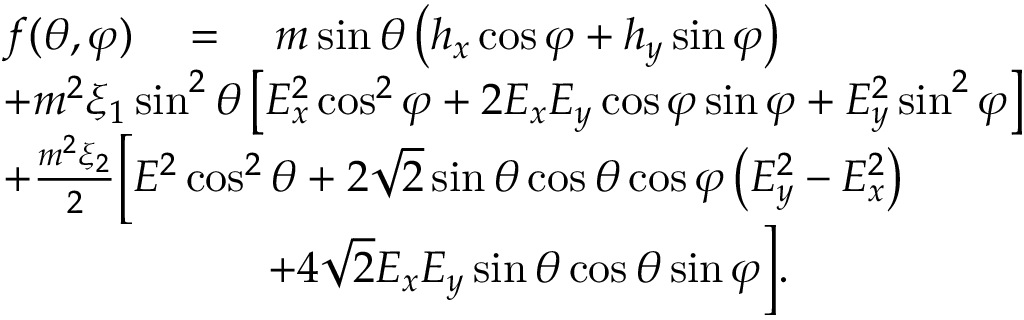
\begin{array} { r l } & { f ( \theta , \varphi ) \quad = \quad m \sin \theta \left( h _ { x } \cos \varphi + h _ { y } \sin \varphi \right) } \\ & { + m ^ { 2 } \xi _ { 1 } \sin ^ { 2 } \theta \left[ E _ { x } ^ { 2 } \cos ^ { 2 } \varphi + 2 E _ { x } E _ { y } \cos \varphi \sin \varphi + E _ { y } ^ { 2 } \sin ^ { 2 } \varphi \right] } \\ & { + \frac { m ^ { 2 } \xi _ { 2 } } { 2 } \Big [ E ^ { 2 } \cos ^ { 2 } \theta + 2 \sqrt { 2 } \sin \theta \cos \theta \cos \varphi \left( E _ { y } ^ { 2 } - E _ { x } ^ { 2 } \right) } \\ & { \qquad \qquad \qquad + 4 \sqrt { 2 } E _ { x } E _ { y } \sin \theta \cos \theta \sin \varphi \Big ] . } \end{array}